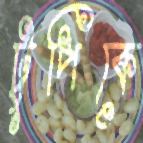
টুপিকে